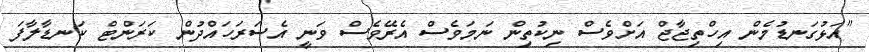
"އަޅުގަނޑުމެން އިހްތިޖާޖް އަށްވެސް ނިކުތިން ނަމަވެސް އެރޭވެސް ވަނީ އެސަރަހައްދުން ކަރަންޓް ކަނޑާލާފަ